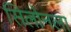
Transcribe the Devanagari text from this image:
सिलोनला